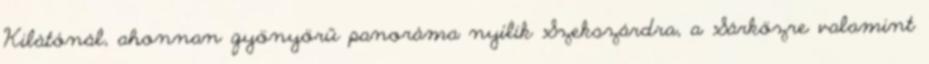
Kilátónál, ahonnan gyönyörű panoráma nyílik Szekszárdra, a Sárközre valamint